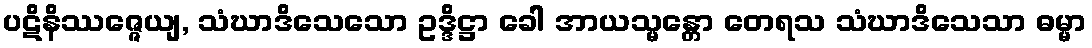
ပဋိနိဿဇ္ဇေယျ, သံဃာဒိသေသော ဥဒ္ဒိဋ္ဌာ ခေါ အာယသ္မန္တော တေရသ သံဃာဒိသေသာ ဓမ္မာ